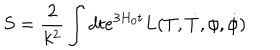
LaTeX: S = \frac { 2 } { k ^ { 2 } } \int { d t e ^ { 3 H _ { 0 } t } L ( T , \dot { T } , { \phi } , \dot { \phi } ) }